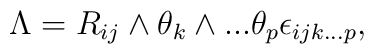
\Lambda  = {R_{{ij}}}\wedge {{\theta }_k}\wedge ...{{\theta }_p}{{\epsilon }_{{ijk}...p}},